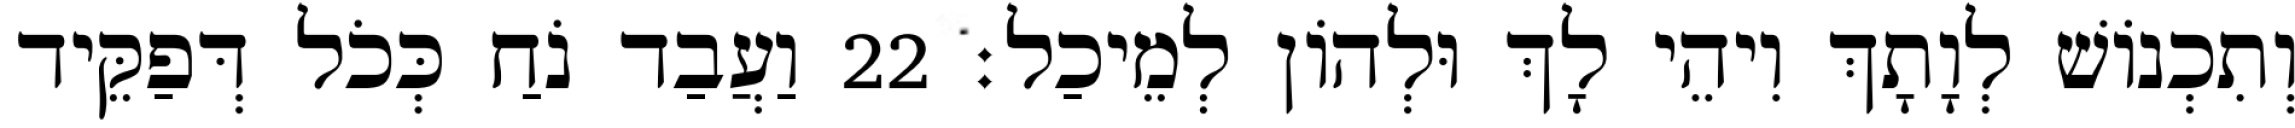
וְתִכְנוֹשׁ לְוָתָךְ וִיהֵי לָךְ וּלְהוֹן לְמֵיכַל׃ 22 וַעֲבַד נֹחַ כְּכֹל דְּפַקֵּיד